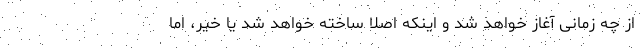
از چه زمانی آغاز خواهد شد و اینکه اصلا ساخته خواهد شد یا خیر، اما